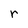
Character: r